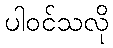
ပါဝင်သလို